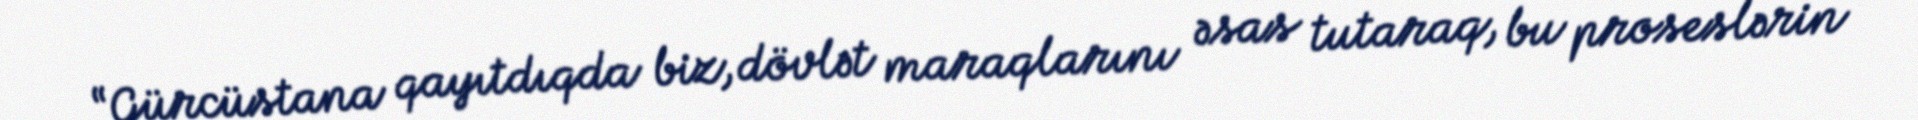
“Gürcüstana qayıtdıqda biz, dövlət maraqlarını əsas tutaraq, bu proseslərin